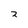
Character: 2